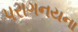
પરાગનયના